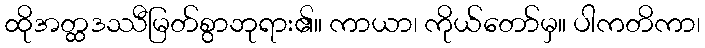
ထိုအတ္ထဒဿီမြတ်စွာဘုရား၏။ ကာယာ၊ ကိုယ်တော်မှ။ ပါကတိကာ၊